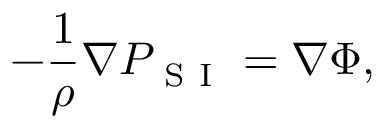
- \frac { 1 } { \rho } \nabla P _ { \mathrm { ~ S ~ I ~ } } = \nabla \Phi ,